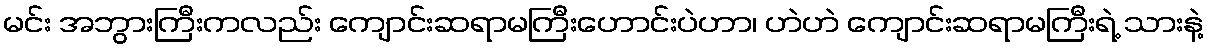
မင်း အဘွားကြီးကလည်း ကျောင်းဆရာမကြီးဟောင်းပဲဟာ၊ ဟဲဟဲ ကျောင်းဆရာမကြီးရဲ့ သားနဲ့